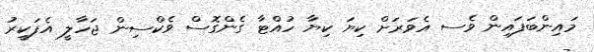
މައިންބަފައިން ވެސ އެވަރަށް ކިޔަ ކިޔާ ހުއްޓާ ގެންގޮސް ވެކްސިން ޖަހާލީ އެފަކީރު